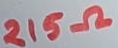
Text: 215Ω